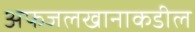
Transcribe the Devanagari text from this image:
अफजलखानाकडील